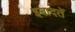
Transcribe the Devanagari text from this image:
इबादतें